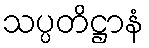
သပ္ပတိဋ္ဌာနံ